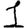
Digit: 1